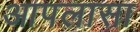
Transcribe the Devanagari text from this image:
आपलासा